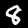
Digit: 8